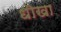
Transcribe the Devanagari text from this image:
धॊखा